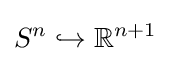
S^{n}\hookrightarrow \mathbb {R} ^{n+1}